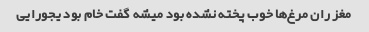
مغز ران مرغ‌ها خوب پخته نشده بود میشه گفت خام بود یجورایی